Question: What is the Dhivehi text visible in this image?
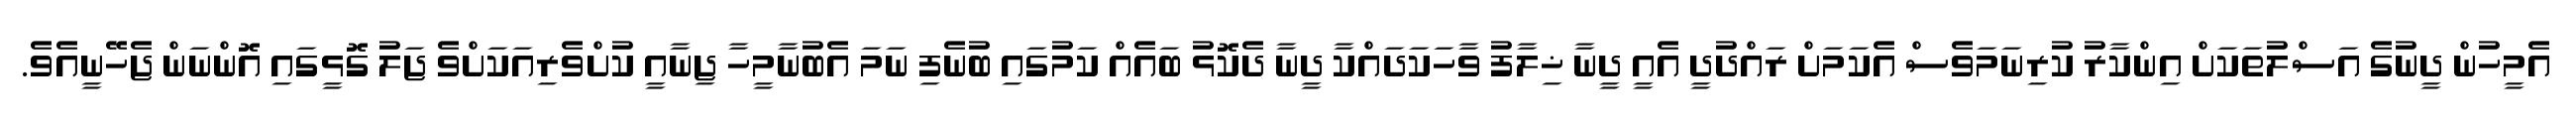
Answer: އެމީހުން ދީނުގެ އަސްލުތަކަށް އިންކާރު ކުރިނަމަވެސް އެކަމަށް ރައްދުދީ އެއީ ދީނާ ޚިލާފު ވާހަކަދައްކާ ދީނާ ދެކޮޅު ބައެއް ކަމުގައި ބުނެފި ނަމަ އެބުނާމީހާ ޖިނާއީ ކުށްވެރިއަކަށްވެ ޖަލު ގޮޅީގައި އޮންނަން ޖެހޭނީއެވެ.